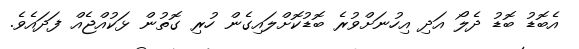
އެބޮޑު ބޮޑު ދެލޯ އަދި އިހުނަށްވުރެ ބޮޑުކޮށްލައިގެން ހުރި ގޮތުން ޅަކުއްޖެއް ފަދައެވެ.